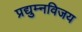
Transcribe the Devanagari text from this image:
प्रद्युम्नविजय